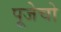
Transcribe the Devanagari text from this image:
पूजेचो